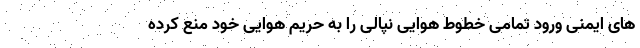
های ایمنی ورود تمامی خطوط هوایی نپالی را به حریم هوایی خود منع کرده